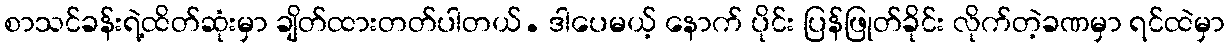
စာသင်ခန်းရဲ့ထိတ်ဆုံးမှာ ချိတ်ထားတတ်ပါတယ်. ဒါပေမယ့် နောက် ပိုင်း ပြန်ဖြုတ်ခိုင်း လိုက်တဲ့ခဏမှာ ရင်ထဲမှာ